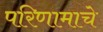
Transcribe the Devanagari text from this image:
परिणामाचे